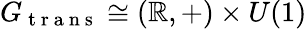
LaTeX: G_{\mathrm{~t~r~a~n~s~}}\cong(\mathbb{R},+)\times U(1)